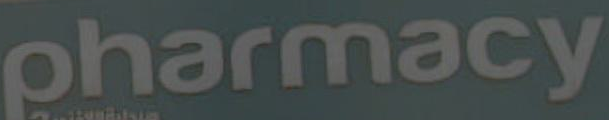
pharmacy